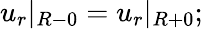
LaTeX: u_{r}|_{R-0}=u_{r}|_{R+0};